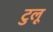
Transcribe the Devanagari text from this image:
टुलू